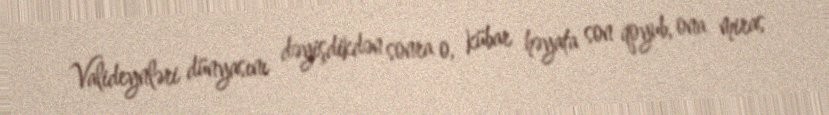
Valideynləri dünyasını dəyişdikdən sonra o, kübar həyata son qoyub, ona miras